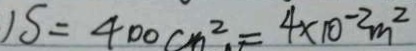
) S = 4 0 0 c m ^ { 2 } = 4 \times 1 0 ^ { - 2 } m ^ { 2 }